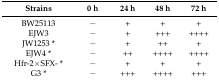
<table><thead><tr><td><b>Strains</b></td><td><b>0 h</b></td><td><b>24 h</b></td><td><b>48 h</b></td><td><b>72 h</b></td></tr></thead><tbody><tr><td>BW25113</td><td>−</td><td>+</td><td>+</td><td>+</td></tr><tr><td>EJW3</td><td>−</td><td>+</td><td>+++</td><td>++++</td></tr><tr><td>JW1253 *</td><td>−</td><td>+</td><td>++</td><td>+</td></tr><tr><td>EJW4 *</td><td>−</td><td>++</td><td>++++</td><td>++++</td></tr><tr><td>Hfr-2×SFX- *</td><td>−</td><td>+</td><td>+</td><td>+</td></tr><tr><td>G3 *</td><td>−</td><td>+++</td><td>++++</td><td>+++</td></tr></tbody></table>